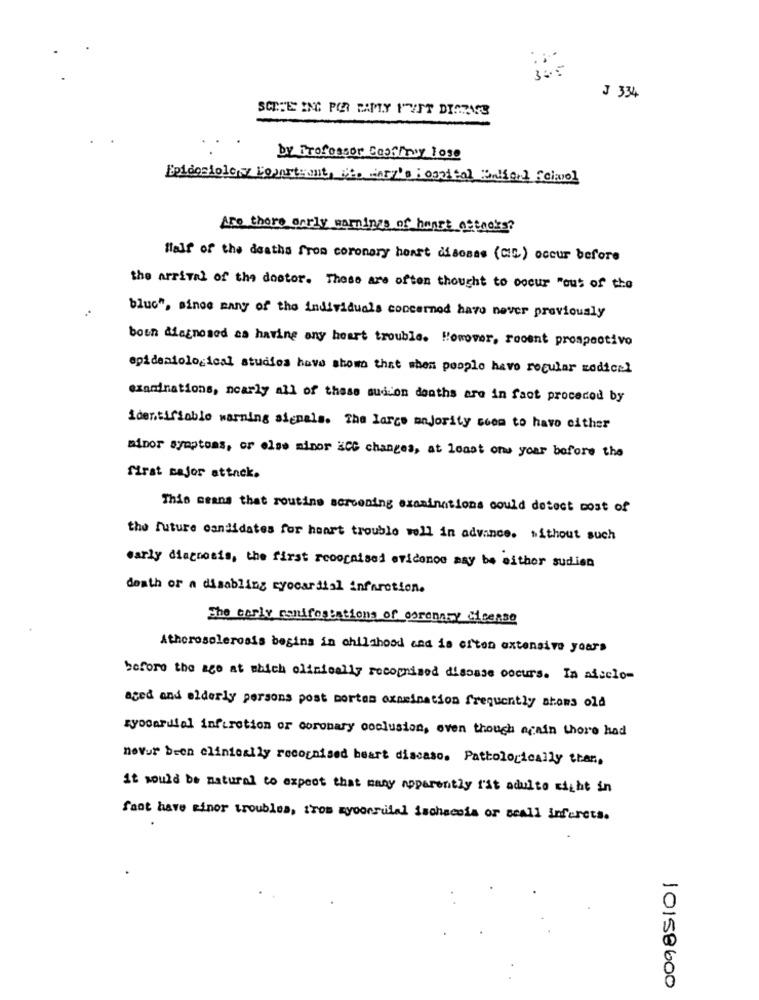
J 334
SCITEC ING POR PAMY FEET DISPASS
by Professor Cooffrey lose
Epidemiolesz Fogarty anti warz's : oggital uniferd Como]
Are there early warnings of heart attacks?
Half of the deaths from coronary heart disomas (Cc) occur before
the arrival of the doctor. These are often thought to occur "out of the
bluc", since many of the individuals concerned have never previously
both diagnosed as having any heart trouble. Herover, recent prospective
epidemiological studies have shown that when people have regular medical
examinations, nearly all of these sudion deaths are in fact procerod by
identifiable warning signals. The large majority seem to have either
minor symptoms, or else minor ECC changes, at least one year before the
first major attack.
This means that routine scrooning examinations could detect cost of
the future candidates for heart trouble well in advance. without such
early diagnosis, the first recognised evidence may be either sudien
death or a disabling myocardial infarction.
The carly manifestations of coronary cicesse
Atherosclerosis begins in childhood and is often extensive years
before the age at which clinically recognised disease occurs. In aiselo-
aged and elderly persons post mortem examination frequently shows old
myocardial infarction or coronary occlusion, even though again thore had
never been clinically recognised heart discaso. Pathologically than,
it would be natural to expect that many apparently lit adulto right in
fant have minor troubles, tros myoonrulal isohaceis or scall inferets.
10158600